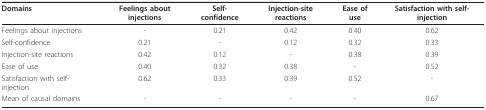
<table><thead><tr><td><b>Domains</b></td><td><b>Feelings about injections</b></td><td><b>Self-confidence</b></td><td><b>Injection-site reactions</b></td><td><b>Ease of use</b></td><td><b>Satisfaction with self-injection</b></td></tr></thead><tbody><tr><td>Feelings about injections</td><td>-</td><td>0.21</td><td>0.42</td><td>0.40</td><td>0.62</td></tr><tr><td>Self-confidence</td><td>0.21</td><td>-</td><td>0.12</td><td>0.32</td><td>0.33</td></tr><tr><td>Injection-site reactions</td><td>0.42</td><td>0.12</td><td>-</td><td>0.38</td><td>0.39</td></tr><tr><td>Ease of use</td><td>0.40</td><td>0.32</td><td>0.38</td><td>-</td><td>0.52</td></tr><tr><td>Satisfaction with self-injection</td><td>0.62</td><td>0.33</td><td>0.39</td><td>0.52</td><td>-</td></tr><tr><td>Mean of causal domains</td><td>-</td><td>-</td><td>-</td><td>-</td><td>0.67</td></tr></tbody></table>